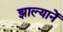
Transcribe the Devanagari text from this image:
झाल्यानें